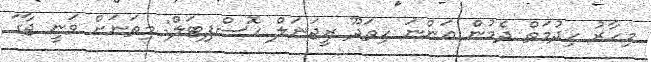
މިހާރު ހިދުމަތް ދެމުން އަންނަ ހިތަދޫ ރީޖަނަލް ހޮސްޕިޓަލް: މިތަނަށް ވަނީ ޖާގަ